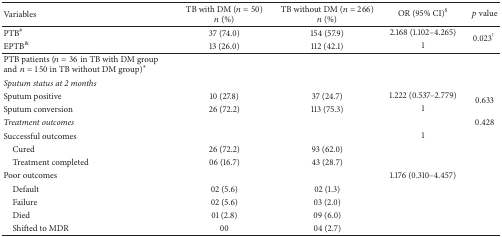
| Variables | TB with DM (n = 50)n (%) | TB without DM (n = 266)n (%) | OR (95% CI)$ | p value |
 | --- | --- | --- | --- | --- |
 | PTB# | 37 (74.0) | 154 (57.9) | 2.168 (1.102–4.265) | <ROWSPAN=2> 0.023! |
 | EPTB& | 13 (26.0) | 112 (42.1) | 1 |
 | PTB patients (n = 36 in TB with DM group andn = 150 in TB without DM group)∗ |  |  |  |  |
 | Sputum status at 2 months |  |  |  |  |
 | Sputum positive | 10 (27.8) | 37 (24.7) | 1.222 (0.537–2.779) | <ROWSPAN=2> 0.633 |
 | Sputum conversion | 26 (72.2) | 113 (75.3) | 1 |
 | Treatment outcomes |  |  |  | 0.428 |
 | Successful outcomes |  |  | 1 |  |
 | Cured | 26 (72.2) | 93 (62.0) |  |  |
 | Treatment completed | 06 (16.7) | 43 (28.7) |  |  |
 | Poor outcomes |  |  | 1.176 (0.310–4.457) |  |
 | Default | 02 (5.6) | 02 (1.3) |  |  |
 | Failure | 02 (5.6) | 03 (2.0) |  |  |
 | Died | 01 (2.8) | 09 (6.0) |  |  |
 | Shifted to MDR | 00 | 04 (2.7) |  |  |